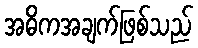
အဓိကအချက်ဖြစ်သည်